Punjab Mental Hospital Lahore 1922-31 - 1922-1931
Year: 1922
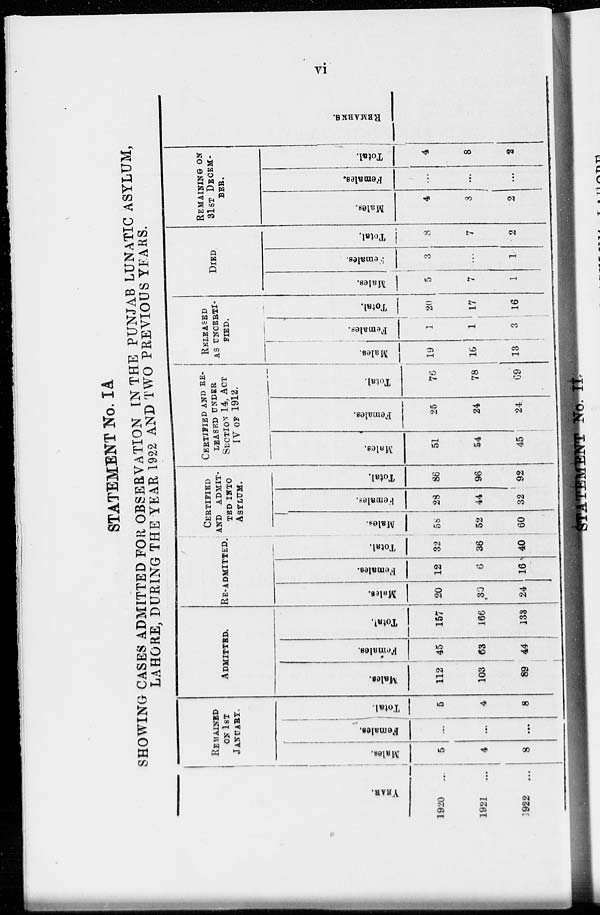
vi
STATEMENT No. IA
SHOWING CASES ADMITTED FOR OBSERVATION IN THE PUNJAB LUNATIC ASYLUM,
LAHORE, DURING THE YEAR 1922 AND TWO PREVIOUS YEARS.
YEAR.
1920
...
1921
...
1922 ...
REMAINED
ON 1ST
JANUARY.
Males.
5
4
8
Females.
...
...
...
Total.
5
4
8
ADMITTED.
Males.
112
103
89
Females.
45
63
44
Total.
157
166
133
RE-ADMITTED.
Males.
20
30
24
Females.
12
6
16
Total.
32
36
40
CERTIFIED
AND ADMIT¬
TED INTO
ASYLUM.
Males.
58
52
60
Females.
28
44
32
Total.
86
96
92
CERTIFIED AND RE¬
LEASED UNDER
SECTION 14, ACT
IV OF 1912.
Males.
51
54
45
Females.
25
24
24
Total.
76
78
69
RELEASED
AS UNCERTI-
FIED.
Males.
19
16
13
Females.
1
1
3
Total.
20
17
16
DIED.
Males.
5
7
1
Females.
3
...
1
Total.
8
7
2
REMAINING ON
31ST DECEM¬
BER.
Males.
4
8
2
Females.
...
...
...
Total.
4
8
2
REMARKS.